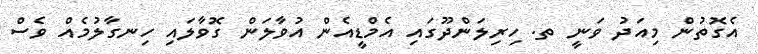
އެގޮތުން މިއަދު ވަނީ ތ. ހިރިލަންދޫގައި އެމްޑީއެން އުވާލަން ގޮވާލައި ހިނގާލުމެއް ވެސް